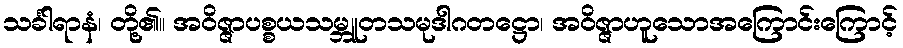
သင်္ခါရာနံ၊ တို့၏။ အဝိဇ္ဇာပစ္စယသမ္ဘူတသမုဒါဂတဋ္ဌော၊ အဝိဇ္ဇာဟူသောအကြောင်းကြောင့်